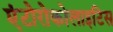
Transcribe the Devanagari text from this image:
एंटोरोकोलाइटिस